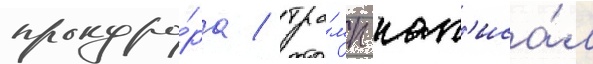
прокуро́ра / тра́мп нап'иса́л